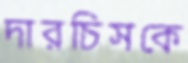
দারচিসকে